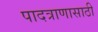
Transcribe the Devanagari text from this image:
पादत्राणासाठी